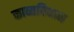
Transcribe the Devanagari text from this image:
काव्यविधान